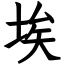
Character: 埃